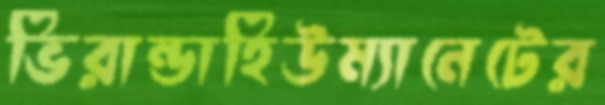
ভিরান্ডাহিউম্যানেটের